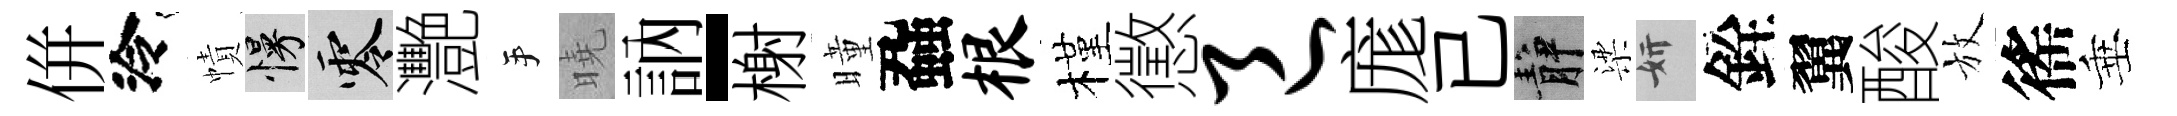
併泠幘慢零灧手曉訥-榭曈蝨根槿懲邑庬已静梁妍銓翼酸放徭垂